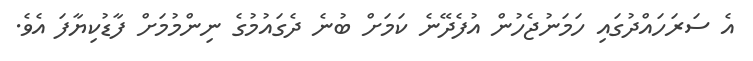
އެ ސަރަހައްދުގައި ހަމަނުޖެހުން އުފެދޭނެ ކަމަށް ބުނެ ދެގައުމުގެ ނިންމުމަށް ފާޑުކިޔާފަ އެވެ.